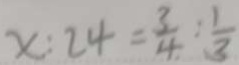
x : 2 4 = \frac { 3 } { 4 } : \frac { 1 } { 3 }